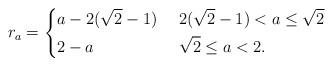
LaTeX: \begin{align*}r_a &=\begin{dcases}a-2(\sqrt{2}-1) & \ 2(\sqrt{2}-1)<a\leq \sqrt{2}\\2-a & \ \sqrt{2}\leq a<2.\end{dcases}\end{align*}